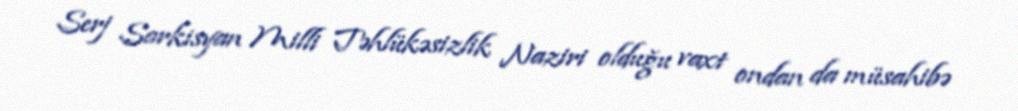
Serj Sarkisyan Milli Təhlükəsizlik Naziri olduğu vaxt ondan da müsahibə